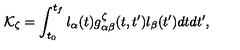
{ \cal K } _ { \zeta } = \int _ { t _ { 0 } } ^ { t _ { f } } l _ { \alpha } ( t ) g _ { \alpha \beta } ^ { \zeta } ( t , t ^ { \prime } ) l _ { \beta } ( t ^ { \prime } ) d t d t ^ { \prime } ,